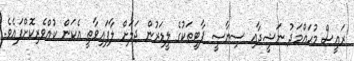
ރައީސް މުޙައްމަދު ނަޝީދާއި ސިޔާސީ ޕާޓީތަކުގެ ލީޑަރުން ޖަލަށް ލާފައިވާތީ އެކަން ކުއްވެރިކޮށްފައެވެ.